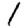
Digit: 1